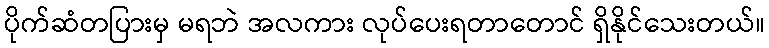
ပိုက်ဆံတပြားမှ မရဘဲ အလကား လုပ်ပေးရတာတောင် ရှိနိုင်သေးတယ်။